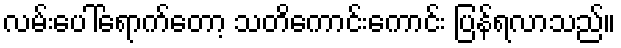
လမ်းပေါ်ရောက်တော့ သတိကောင်းကောင်း ပြန်ရလာသည်။